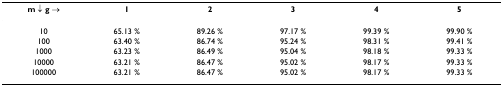
<table><thead><tr><td><b>m ↓ g →</b></td><td><b>1</b></td><td><b>2</b></td><td><b>3</b></td><td><b>4</b></td><td><b>5</b></td></tr></thead><tbody><tr><td>10</td><td>65.13 %</td><td>89.26 %</td><td>97.17 %</td><td>99.39 %</td><td>99.90 %</td></tr><tr><td>100</td><td>63.40 %</td><td>86.74 %</td><td>95.24 %</td><td>98.31 %</td><td>99.41 %</td></tr><tr><td>1000</td><td>63.23 %</td><td>86.49 %</td><td>95.04 %</td><td>98.18 %</td><td>99.33 %</td></tr><tr><td>10000</td><td>63.21 %</td><td>86.47 %</td><td>95.02 %</td><td>98.17 %</td><td>99.33 %</td></tr><tr><td>100000</td><td>63.21 %</td><td>86.47 %</td><td>95.02 %</td><td>98.17 %</td><td>99.33 %</td></tr></tbody></table>